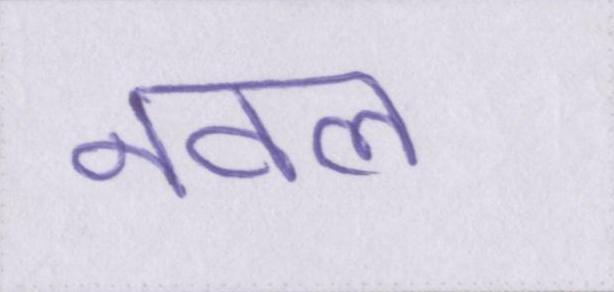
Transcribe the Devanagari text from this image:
नवल